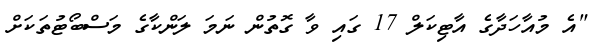
"އެ މުއާހަދާގެ އާޓިކަލް 17 ގައި ވާ ގޮތުން ނަމަ ލަންކާގެ މަސްބޯޓުތަކަށް